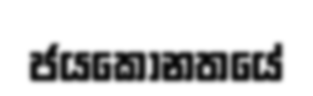
ජයකෝනතයේ